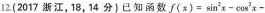
12(2017浙江，18，14分)已知函数$$f(x)=sin ^{2}x-\cos ^{2}x-$$